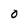
Character: O